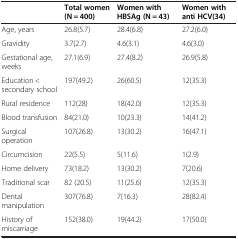
<table><thead><tr><td><b> </b></td><td><b>Total women (N = 400)</b></td><td><b>Women with HBSAg (N = 43)</b></td><td><b>Women with anti HCV(34)</b></td></tr></thead><tbody><tr><td>Age, years</td><td>26.8(5.7)</td><td>28.4(6.8)</td><td>27.2(6.0)</td></tr><tr><td>Gravidity</td><td>3.7(2.7)</td><td>4.6(3.1)</td><td>4.6(3.0)</td></tr><tr><td>Gestational age, weeks</td><td>27.1(6.9)</td><td>27.4(8.2)</td><td>26.9(5.8)</td></tr><tr><td>Education &lt; secondary school</td><td>197(49.2)</td><td>26(60.5)</td><td>12(35.3)</td></tr><tr><td>Rural residence</td><td>112(28)</td><td>18(42.0)</td><td>12(35.3)</td></tr><tr><td>Blood transfusion</td><td>84(21.0)</td><td>10(23.3)</td><td>14(41.2)</td></tr><tr><td>Surgical operation</td><td>107(26.8)</td><td>13(30.2)</td><td>16(47.1)</td></tr><tr><td>Circumcision</td><td>22(5.5)</td><td>5(11.6)</td><td>1(2.9)</td></tr><tr><td>Home delivery</td><td>73(18.2)</td><td>13(30.2)</td><td>7(20.6)</td></tr><tr><td>Traditional scar</td><td>82 (20.5)</td><td>11(25.6)</td><td>12(35.3)</td></tr><tr><td>Dental manipulation</td><td>307(76.8)</td><td>7(16.3)</td><td>28(82.4)</td></tr><tr><td>History of miscarriage</td><td>152(38.0)</td><td>19(44.2)</td><td>17(50.0)</td></tr></tbody></table>